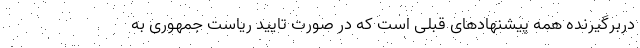
دربرگیرنده همه پیشنهادهای قبلی است که در صورت تایید ریاست جمهوری به